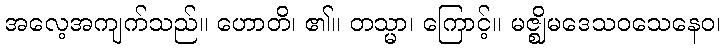
အလေ့အကျက်သည်။ ဟောတိ၊ ၏။ တသ္မာ၊ ကြောင့်။ မဇ္ဈိမဒေသဝသေနေဝ၊